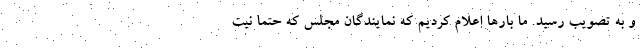
و به تصویب رسید. ما بارها اعلام کردیم که نمایندگان مجلس که حتماً نیت